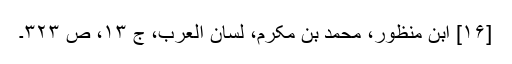
[۱۶] ابن منظور، محمد بن مکرم، لسان العرب، ج ۱۳، ص ۳۲۳۔